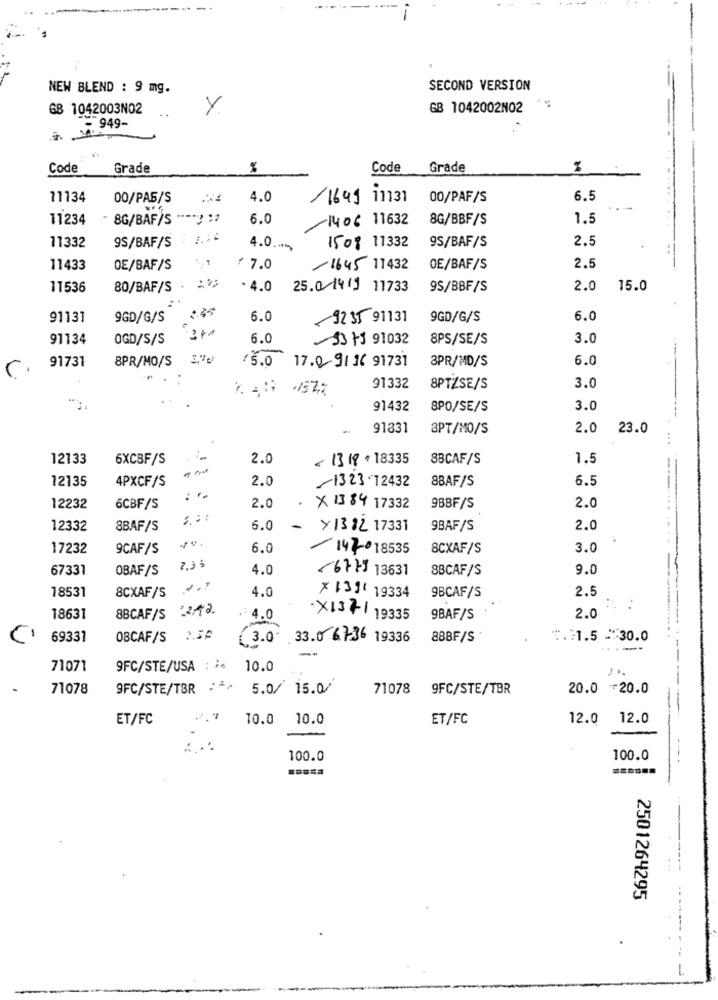
NEW BLEND : 9 mg.
SECOND VERSION
GB 1042003NO2
Y
GB 1042002N02 **
.- 949-
Code
Grade
Code
Grade
11134
00/PAS/S
4.0
1699 11131
00/PAF/S
6.5
11234
8G/BAF/S --- : 1
6.0
1406 11632
8G/BBF/S
1.5
9S/BAF/S . ..
2.5
11332
4.0 ..
1508 11332
9S/BAF/S
11433
OE/BAF/S
₹7.0
/1645 11432
OE/BAF/S
2.5
11536
80/BAF/S
. 4.0
25.0 1419 11733
9S/BBF/S
2.0
15.0
91131
9GD/G/S
6.0
9235 91131
9GD/G/S
6.0
91134
OGD/S/S
6.0
33 +5 91032
8PS/SE/S
3.0
8PR/MO/S
1 5.0
3PR/MD/S
6.0
r.
91731
17.0 91 16 91731
91332
8PTZSE/S
3.0
91432
SPO/SE/S
3.0
-
91831
8PT/MO/S
2.0 23.0
12133
6XCBF/S
2.0
< 1319+18335
8BCAF/S
1.5
12135
4PXCF/S
2.0
1323.72432
8BAF/S
6.5
12232
6CBF/S
2.0
.
X 1384 17332
9BBF/S
2.0
12332
8BAF/S
6.0
-
Y1382 17331
9BAF/S
2.0
17232
9CAF/S
6.0
147018535
8CXAF/S
3.0
67331
OBAF/S
7,36
4.0
(6779 13631
8BCAF/S
9.0
18531
8CXAF/S
4.0
2.5
X 1311 19334
9BCAF/S
12/12.
18631
8BCAF/S
. 4.0
X1371 19335
9BAF/S
2.0
69331
OBCAF/S
( 3.0
.33.0 6736 19336
88BF/S
*. 1.5 -30.0
...--
==
71071
9FC/STE/USA : 10.0
71078
9FC/STE/TBR
5.0/ 15.0/
71078
9FC/STE/TBR
20.0 +20.0
ET/FC
.7
10.0
10.0
ET/FC
12.0
12.0
100.0
100.0
2501264295